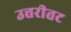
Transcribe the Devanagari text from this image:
उत्तरीतट